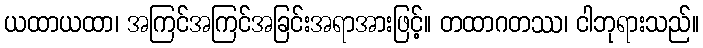
ယထာယထာ၊ အကြင်အကြင်အခြင်းအရာအားဖြင့်။ တထာဂတဿ၊ ငါဘုရားသည်။